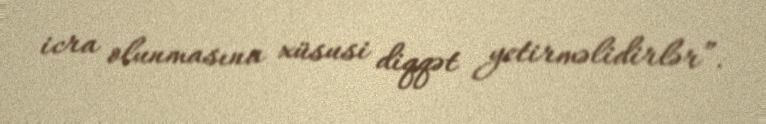
icra olunmasına xüsusi diqqət yetirməlidirlər”.